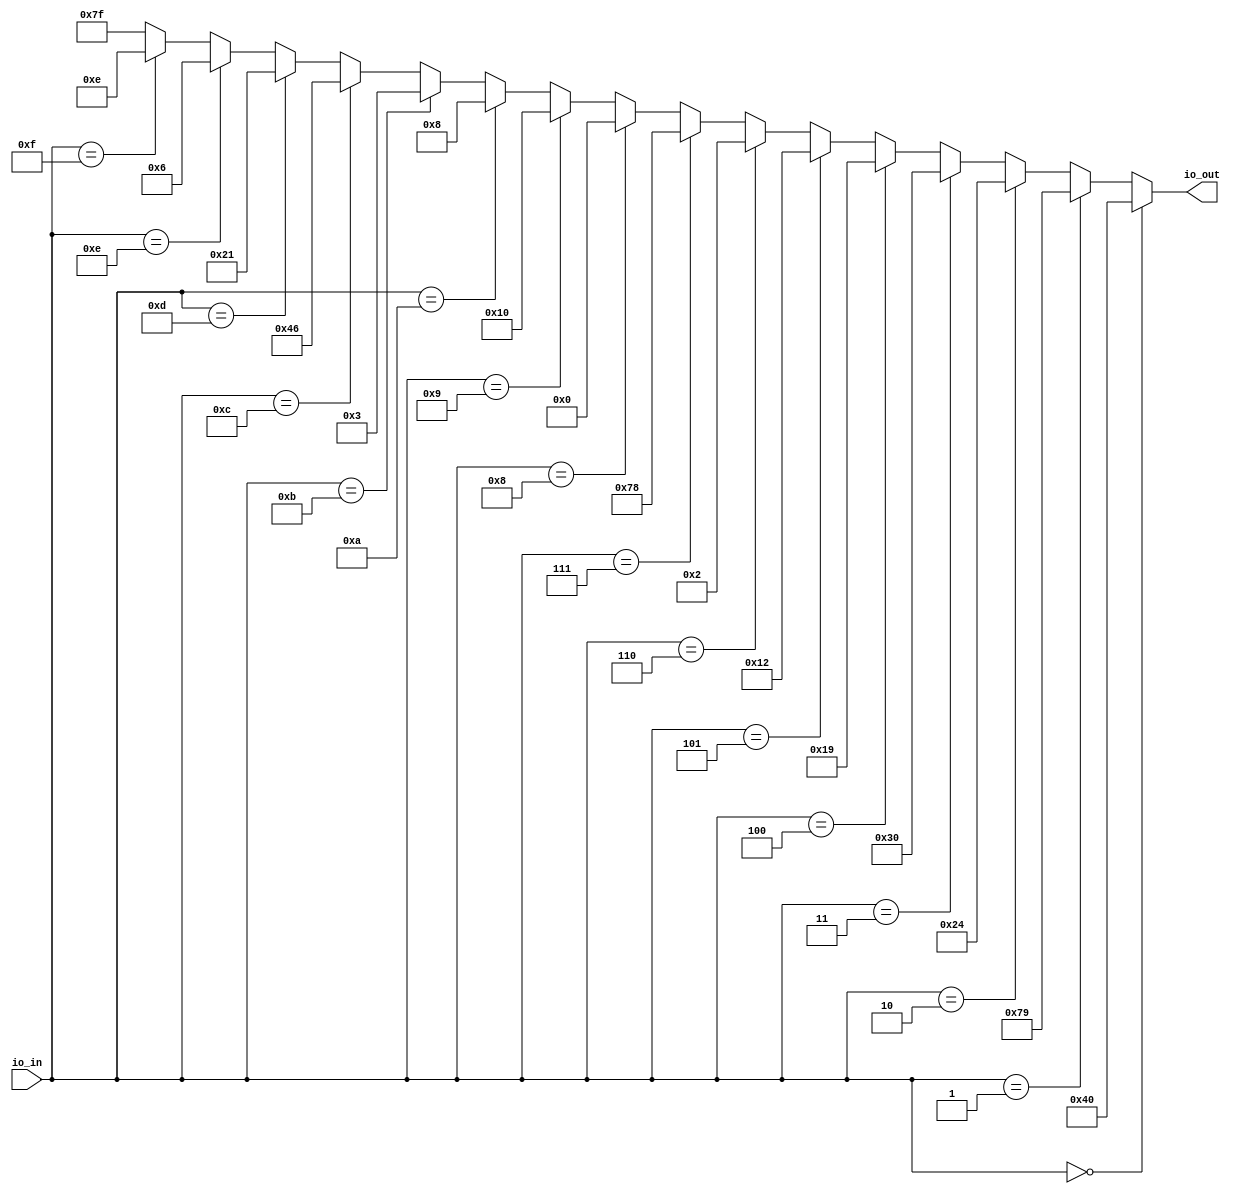
module DE10HexDecoder(
  input  [7:0] io_in,
  output [6:0] io_out
);
  wire [6:0] offlight = 7'b1111111;
  wire [6:0] _GEN_0 = io_in == 8'hf ? 7'he : offlight; // @[DE10Decoder.scala 11:12 27:{30,39}]
  wire [6:0] _GEN_1 = io_in == 8'he ? 7'h6 : _GEN_0; // @[DE10Decoder.scala 26:{30,39}]
  wire [6:0] _GEN_2 = io_in == 8'hd ? 7'h21 : _GEN_1; // @[DE10Decoder.scala 25:{30,39}]
  wire [6:0] _GEN_3 = io_in == 8'hc ? 7'h46 : _GEN_2; // @[DE10Decoder.scala 24:{30,39}]
  wire [6:0] _GEN_4 = io_in == 8'hb ? 7'h3 : _GEN_3; // @[DE10Decoder.scala 23:{30,39}]
  wire [6:0] _GEN_5 = io_in == 8'ha ? 7'h8 : _GEN_4; // @[DE10Decoder.scala 22:{30,39}]
  wire [6:0] _GEN_6 = io_in == 8'h9 ? 7'h10 : _GEN_5; // @[DE10Decoder.scala 21:{30,39}]
  wire [6:0] _GEN_7 = io_in == 8'h8 ? 7'h0 : _GEN_6; // @[DE10Decoder.scala 20:{30,39}]
  wire [6:0] _GEN_8 = io_in == 8'h7 ? 7'h78 : _GEN_7; // @[DE10Decoder.scala 19:{30,39}]
  wire [6:0] _GEN_9 = io_in == 8'h6 ? 7'h2 : _GEN_8; // @[DE10Decoder.scala 18:{30,39}]
  wire [6:0] _GEN_10 = io_in == 8'h5 ? 7'h12 : _GEN_9; // @[DE10Decoder.scala 17:{30,39}]
  wire [6:0] _GEN_11 = io_in == 8'h4 ? 7'h19 : _GEN_10; // @[DE10Decoder.scala 16:{30,39}]
  wire [6:0] _GEN_12 = io_in == 8'h3 ? 7'h30 : _GEN_11; // @[DE10Decoder.scala 15:{30,39}]
  wire [6:0] _GEN_13 = io_in == 8'h2 ? 7'h24 : _GEN_12; // @[DE10Decoder.scala 14:{30,39}]
  wire [6:0] _GEN_14 = io_in == 8'h1 ? 7'h79 : _GEN_13; // @[DE10Decoder.scala 13:{30,39}]
  assign io_out = io_in == 8'h0 ? 7'h40 : _GEN_14; // @[DE10Decoder.scala 12:{25,34}]
endmodule